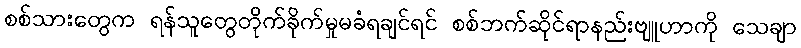
စစ်သားတွေက ရန်သူတွေတိုက်ခိုက်မှုမခံရချင်ရင် စစ်ဘက်ဆိုင်ရာနည်းဗျူဟာကို သေချာ